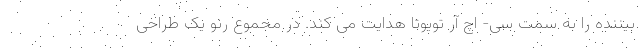
بیننده را به سمت سی- اچ آر تویوتا هدایت می کند. در مجموع رنو یک طراحی